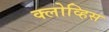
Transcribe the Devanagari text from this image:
क्लोव्हिस